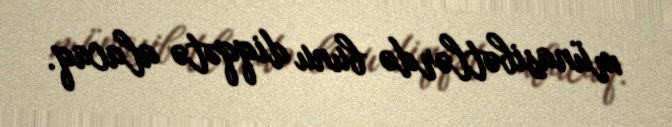
münasibətlərdə bunu diqqətə alacaq.